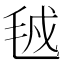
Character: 㲓